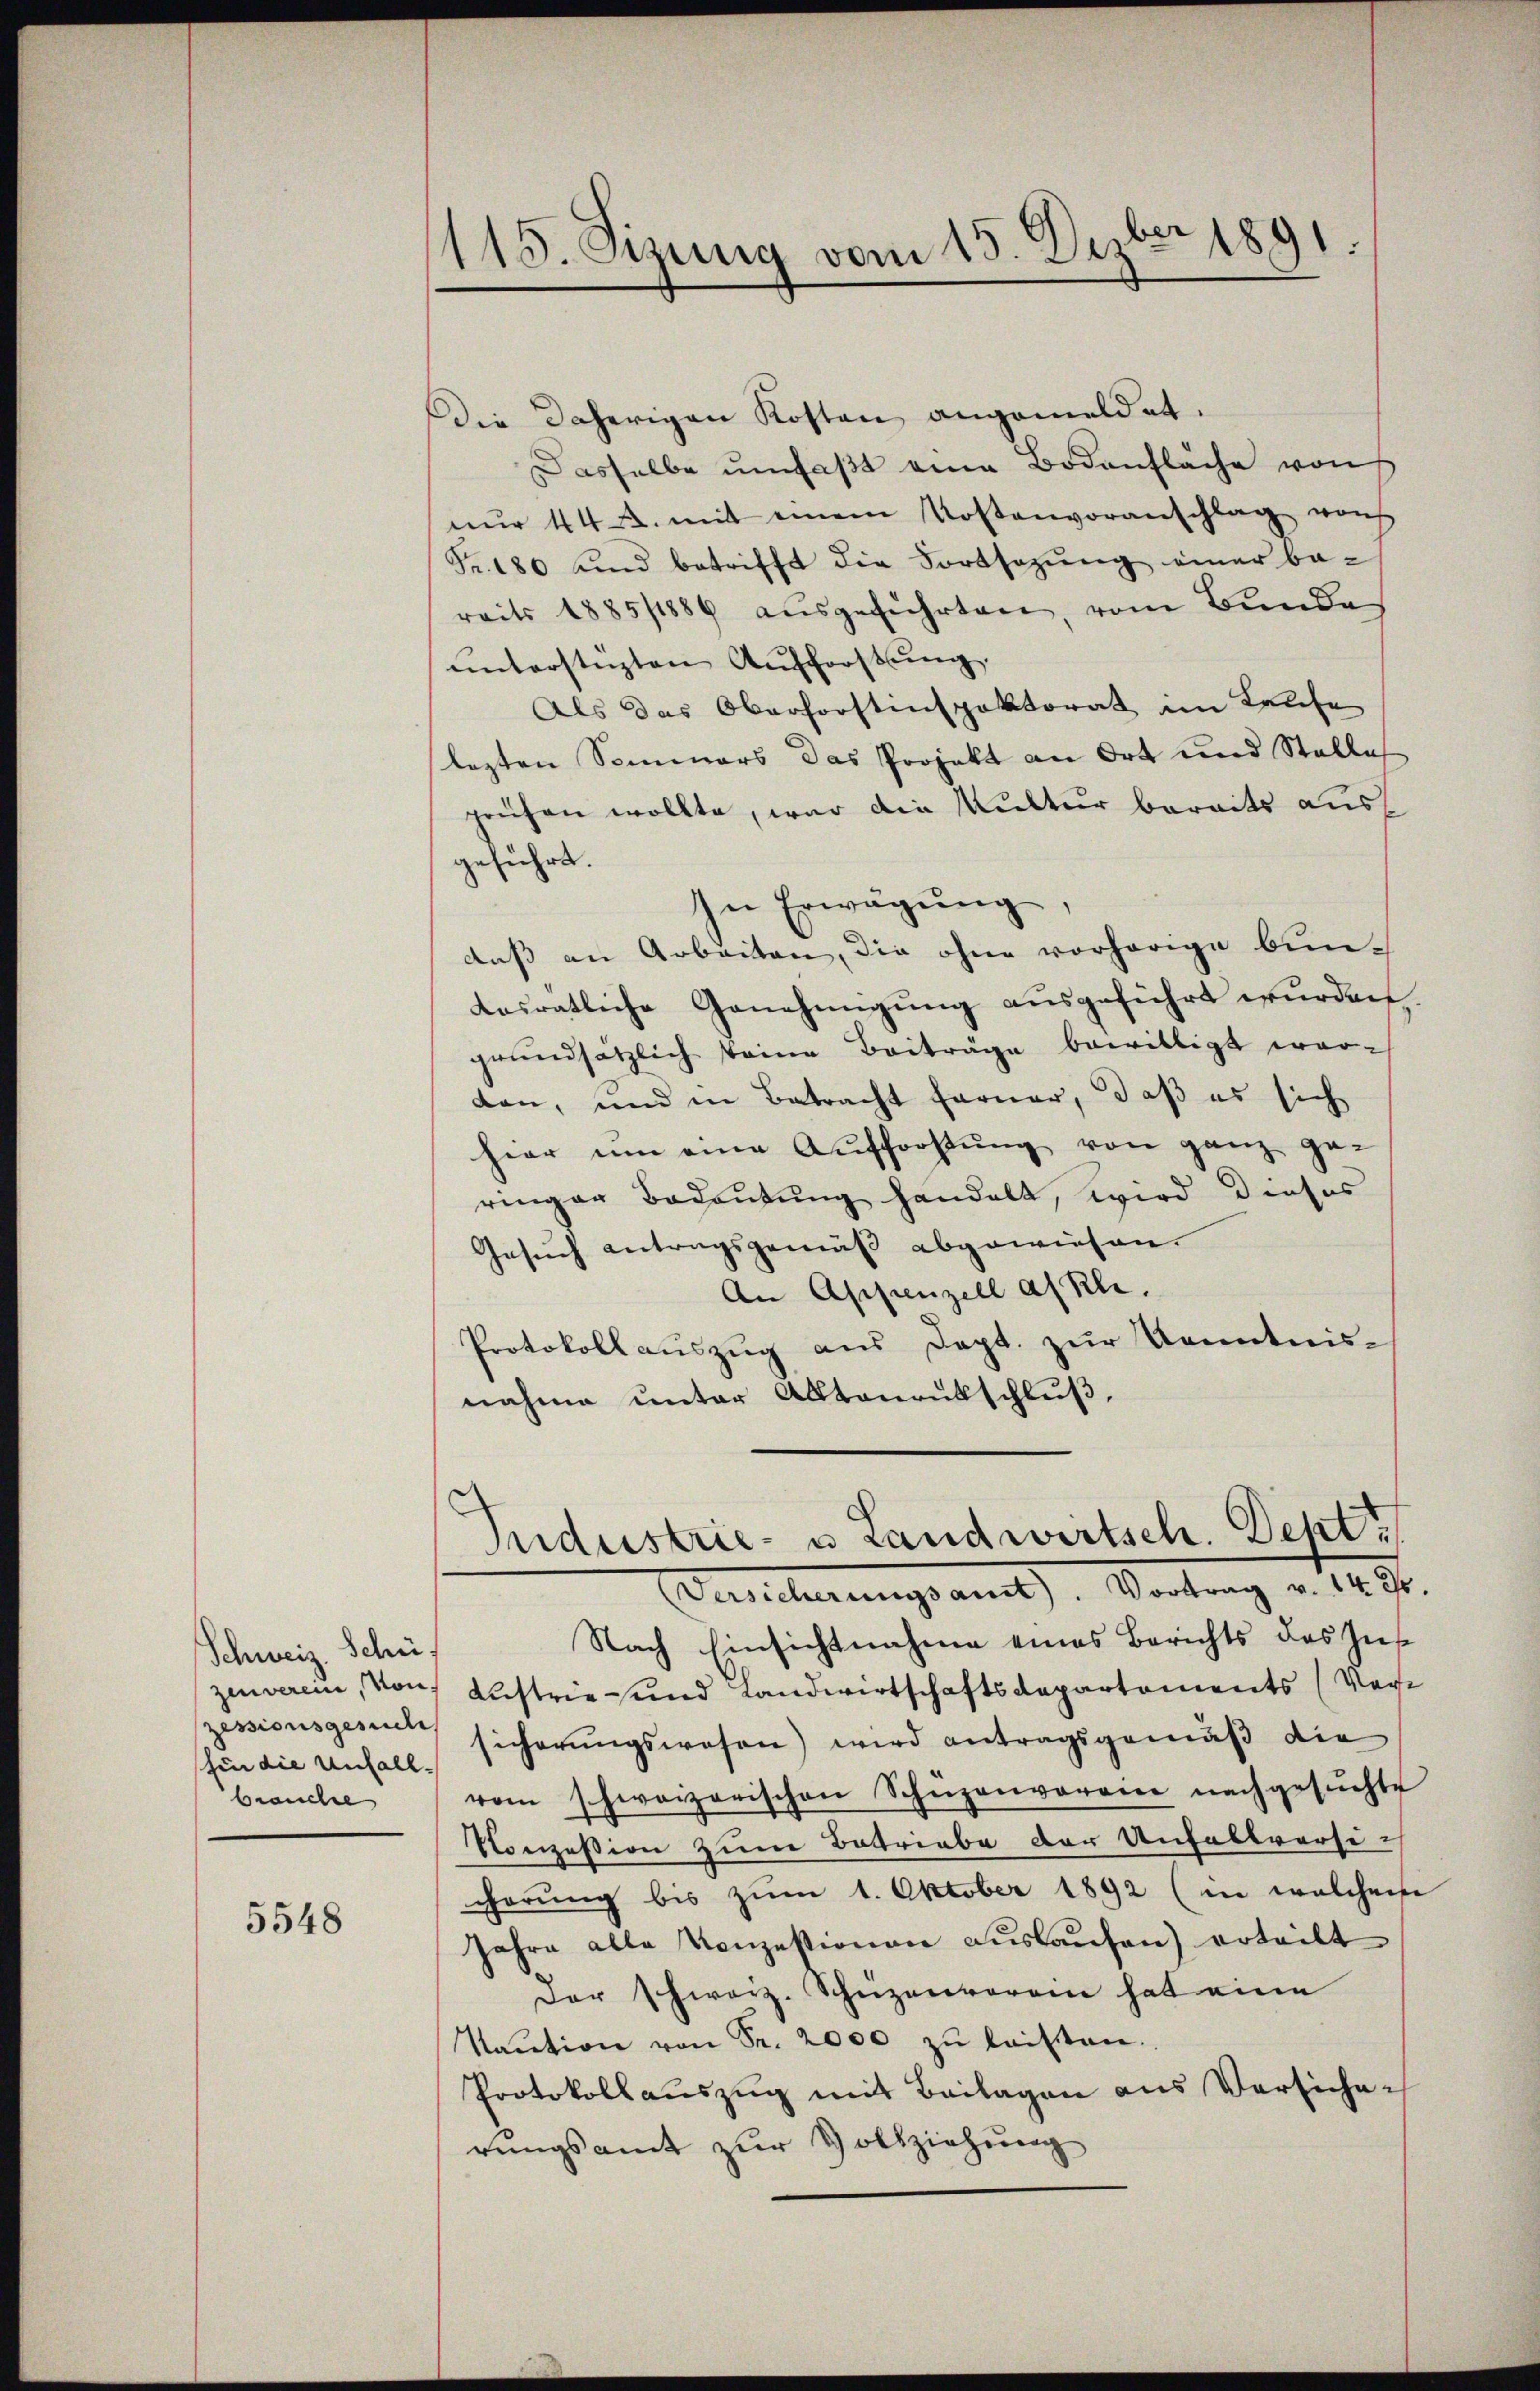
Schweiz. Schüzenverein, von
zessionsgesuche
hin die Unfall
brauche

5548

d
115. Sizung vom 15. Dez. 1891.

Die Daherigen Kosten angemeldet.
Dasselbe umfaßt eine Bodenfläche von
nŭr 442. mit einem Kostenvoranschlag von
Fr. 180 und betrifft die Fortsezung einer be-
reits 1885/1886 aŭsgeführten, vom Bunde
ŭnterstüzten Aŭsforstung.
Als das Oberforstenspektorat im Laufe
lezten Sommers das Projekt an Ort und Stelle
prüfen wollte, war die Kultur bereits aus
geführt.
In Erwägŭng,
das an Arbeiten, die ohne vorhörige bun-
dosratliche Genehmigung ausgeführt wurden.
grŭndsätzlich seine Beiträge bewilligt worden, und in Betracht ferner, daß es sich
hier ŭm eine Aufforstŭng von ganz ge-
ringer Bedeutung handelt, wird dieses
Gesuch antragsgemäß abgewiesen.
An Appenzell alle.
Protokollauszug aus Sept. zur Kenntnisnahme unter Alltanentschluß,
d
Industrie- u Landwirtsch. Dept
Versicherungsant. Vortrag v. 142.
Nach Einsichtnahme eines Berichts des Ins¬
Austrie und Landwirtschaftsdepartements (Versicherungswesen) wird antragsgemäß die
vom schweizerischen Schüzenverein nachgesŭchte
Vonzession zum Betriebe der Unfallversechörung bis zum 1. Oktober 1892 (in welchem
Jahre alle Konzessionen auslaufen) erteilt
der schweiz. Schüzenverein hat eine
Kaŭtion von Fr. 2000 zŭ leisten.
Protokollauszug mit Beilagen aus Versicherungsamt zur Vollziehung